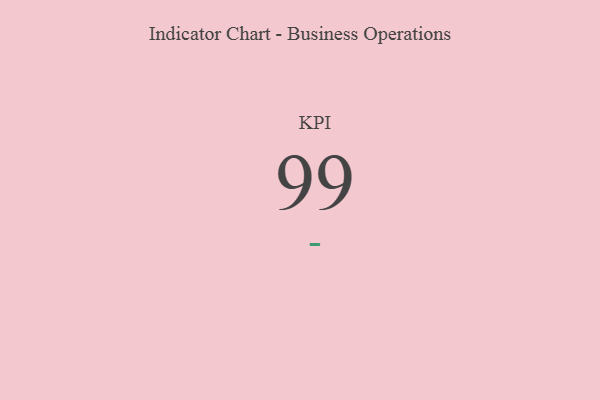
{"axis": {"x": "KPI", "y": "Value"}, "legend": [""], "data": [{"x": "KPI", "y": 99, "type": ""}]}